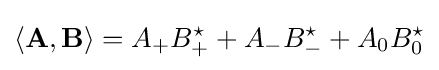
\left\langle \mathbf {A} ,\mathbf {B} \right\rangle =A_{+}B_{+}^{\star }+A_{-}B_{-}^{\star }+A_{0}B_{0}^{\star }